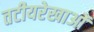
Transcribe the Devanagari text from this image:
तटीयरेखाओं